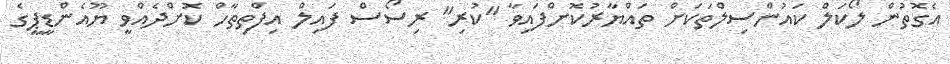
އެގޮތުން ލޯކަލް ކައުންސިލްތަކަށް ތައްޔާރުކޮށްފައިވާ "ކުރި" ރިސޯސް ފައިލް އިފްތިތާހް ކޮށްދެއްވީ ޔޫއެންޑީޕީގެ